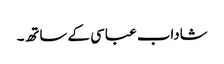
شاداب عباسی کے ساتھ۔